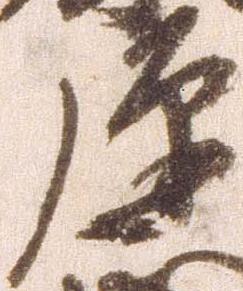
弾